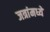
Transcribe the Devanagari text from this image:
जत्रांमध्ये